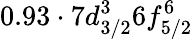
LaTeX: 0.93\cdot 7d_{3/2}^{3}6f_{5/2}^{6}